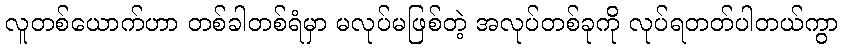
လူတစ်ယောက်ဟာ တစ်ခါတစ်ရံမှာ မလုပ်မဖြစ်တဲ့ အလုပ်တစ်ခုကို လုပ်ရတတ်ပါတယ်ကွာ